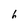
Character: h